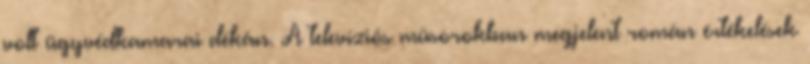
volt ügyvédkamarai dékán. A televíziós mûsorokban megjelent román értékelések